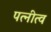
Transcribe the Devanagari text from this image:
पत्नीत्व